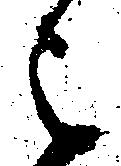
被